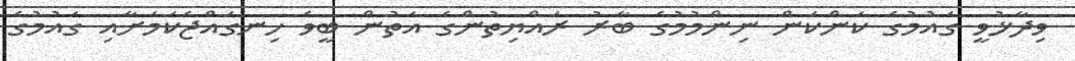
ވިދާޅުވީ ގައުމުގެ ކަންކަން ނިންމުމުގެ ބާރު ރައްޔިތުންގެ އަތުން ބީވެ ހިނގައްޖެކަމަށާއި ގައުމުގެ